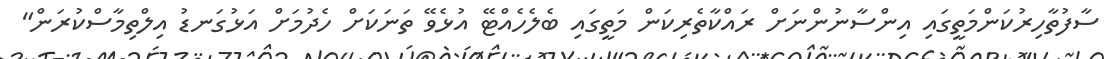
ސާފުތާހިރުކަންމަތީގައި އިންސާނުންނަށް ރައްކާތެރިކަން މަތީގައި ބެލެހެއްޓޭ އުޅެވޭ ތަނަކަށް ހެދުމަށް އަޅުގަނޑު އިލްތިމާސްކުރަން"